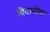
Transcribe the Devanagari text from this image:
बिदागीवर